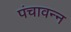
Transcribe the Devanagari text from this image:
पंचावन्न